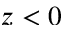
z < 0